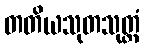
တတိယသုတသုတ္တံ